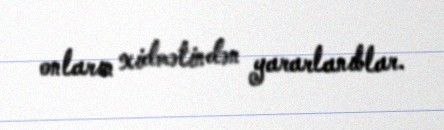
onların xidmətindən yararlanıblar.